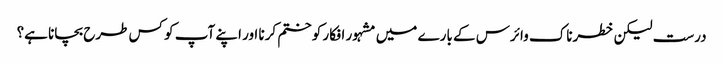
درست لیکن خطرناک وائرس کے بارے میں مشہور افکار کو ختم کرنا اور اپنے آپ کو کس طرح بچانا ہے؟